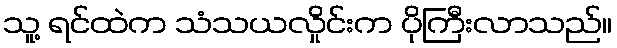
သူ့ ရင်ထဲက သံသယလှိုင်းက ပိုကြီးလာသည်။